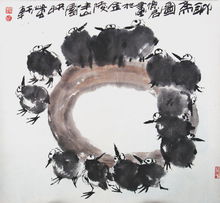
斜月照帘帷，忆君和梦稀。